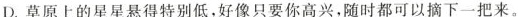
D.草原上的星星悬得特别低，好像只要你高兴，随时都可以摘下一把来。